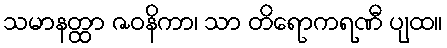
သမာနတ္ထာ ဇဝနိကာ၊ သာ တိရောကရဏီ ပျထ။